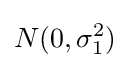
N(0,\sigma _{1}^{2})